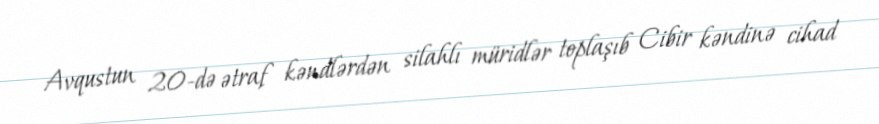
Avqustun 20-də ətraf kəndlərdən silahlı müridlər toplaşıb Cibir kəndinə cihad